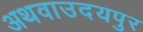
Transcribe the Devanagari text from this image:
अथवाउदयपुर